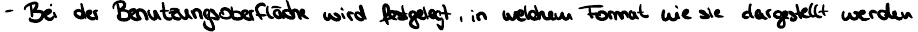
Bei der Benutzeroberfläche wird festgelegt, in welchem Format wie sie dargestellt werden